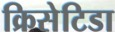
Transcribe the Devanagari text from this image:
क्रिसेटिडा